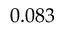
0 . 0 8 3